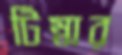
টিম্বার